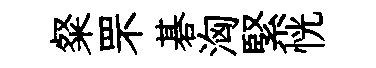
粲罘碁洶緊恍